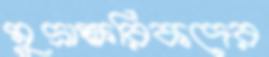
মুদ্রাক্ষরিকদের